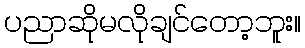
ပညာဆိုမလိုချင်တော့ဘူး။